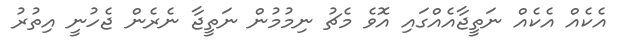
އެކެއް އެކެއް ނަތީޖާއެއްގައި އޮވެ މެޗު ނިމުމުން ނަތީޖާ ނެރެން ޖެހުނީ އިތުރު